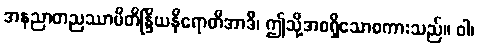
အနညာတညဿာမီတိန္ဒြိယနိရောတိအာဒိ၊ ဤသို့အစရှိသောစကားသည်။ ဝါ၊